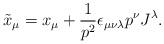
LaTeX: \begin{align*}\tilde{x}_{\mu}=x_{\mu}+\frac{1}{p^{2}}\epsilon_{\mu\nu\lambda}p^{\nu}J^{\lambda}.\end{align*}